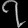
Digit: ၇